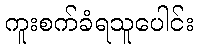
ကူးစက်ခံရသူပေါင်း